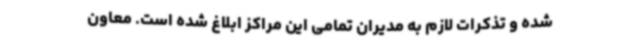
شده و تذکرات لازم به مدیران تمامی این مراکز ابلاغ شده است. معاون